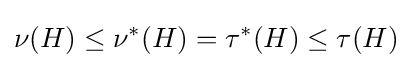
\nu (H)\leq \nu ^{*}(H)=\tau ^{*}(H)\leq \tau (H)